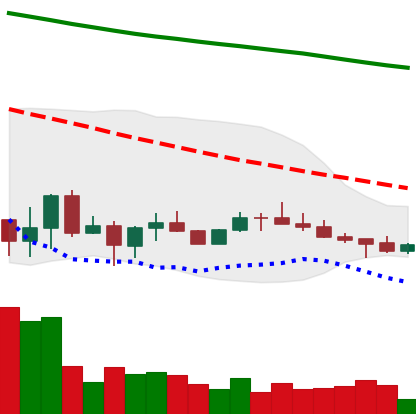
Ticker: ADA-USD
Chart end date: 2022-07-02
Forward return: 4.703%
Label: up_3_5